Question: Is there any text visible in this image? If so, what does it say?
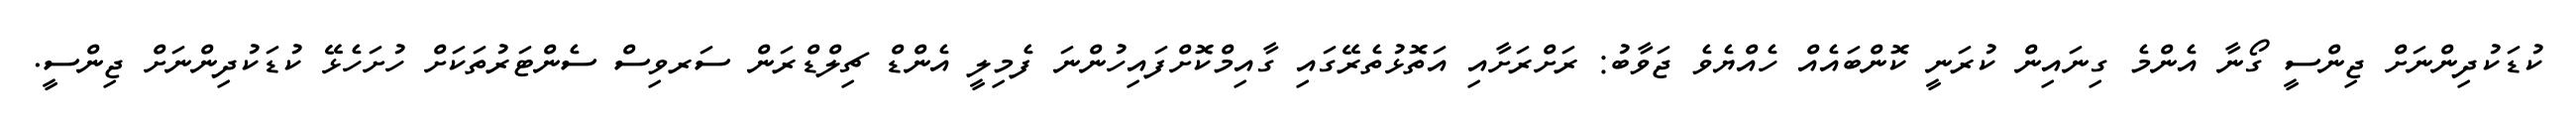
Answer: ކުޑަކުދިންނަށް ޖިންސީ ގޯނާ އެންމެ ގިނައިން ކުރަނީ ކޮންބައެއް ހެއްޔެވެ ޖަވާބު: ރަށްރަށާއި އަތޮޅުތެރޭގައި ގާއިމްކޮށްފައިހުންނަ ފެމިލީ އެންޑް ޗިލްޑްރަން ސަރވިސް ސެންޓަރުތަކަށް ހުށަހެޅޭ ކުޑަކުދިންނަށް ޖިންސީ.